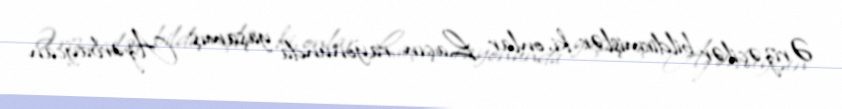
Ərizəçilər bildirmişlər ki, onlar Laçın rayonunda yaşamış Azərbaycan